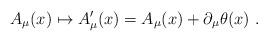
LaTeX: \begin{align*}A_{\mu}(x)\mapsto A'_{\mu}(x)=A_{\mu}(x)+\partial_{\mu}\theta(x) \ . \end{align*}